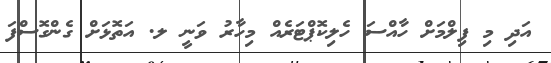
އަދި މި ފިލްމަށް ހާއްސަ ހެލިކޮޕްޓަރެއް މިހާރު ވަނީ ލ. އަތޮޅަށް ގެންގޮސްފަ